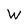
Character: W